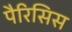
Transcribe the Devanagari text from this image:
पैरिसिस